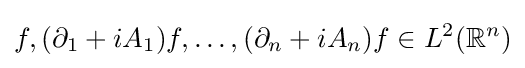
f,(\partial _{1}+iA_{1})f,\dots ,(\partial _{n}+iA_{n})f\in L^{2}(\mathbb {R} ^{n})